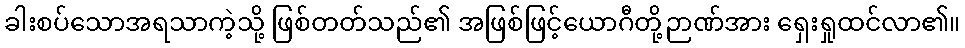
ခါးစပ်သောအရသာကဲ့သို့ ဖြစ်တတ်သည်၏ အဖြစ်ဖြင့်ယောဂီတို့ဉာဏ်အား ရှေးရှုထင်လာ၏။